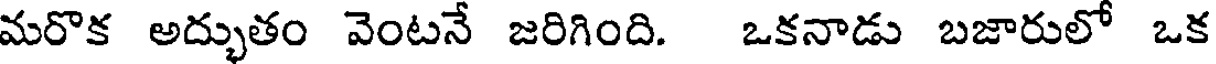
మరొక అద్భుతం వెంటనే జరిగింది. ఒకనాడు బజారులో ఒక